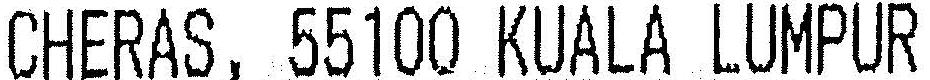
CHERAS, 55100 KUALA LUMPUR